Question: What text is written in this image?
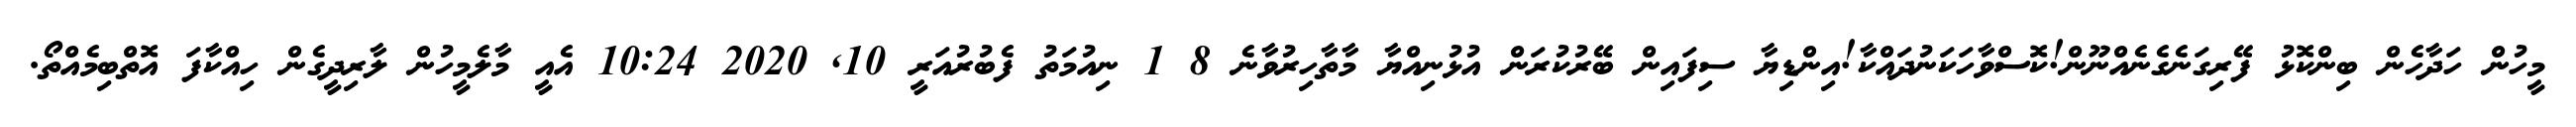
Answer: މީހުން ހަދާހެން ބިންކޮޅު ފޭރިގަނެގެނެއްނޫން!ކޮސްވާހަކަނުދައްކާ!އިންޑިޔާ ސިފައިން ބޭރުކުރަން އުޅުނިއްޔާ މާތާހިރުވާނެ 8 1 ނިއުމަތު ފެބުރުއަރީ 10, 2020 10:24 އެއީ މާލެމީހުން ލާރިދީގެން ހިއްކާފަ އޮތްބިމެއްތޯ.